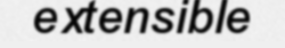
extensible